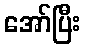
အော်ပြီး